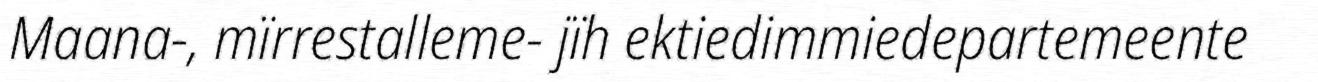
Maana-, mïrrestalleme- jïh ektiedimmiedepartemeente